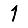
Digit: 1